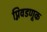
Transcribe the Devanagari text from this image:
प्निवडणूक